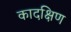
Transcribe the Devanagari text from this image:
कादक्षिण